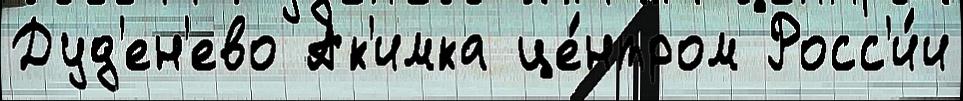
Дуд'ен'ево Ак'имка це́нтром Росс'и́и